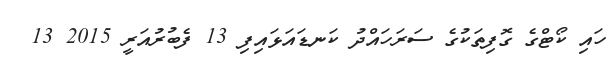
ހައި ކޯޓްގެ ގޮފިތަކުގެ ސަރަހައްދު ކަނޑައަޅައިފި 13 ފެބުރުއަރީ 2015 13